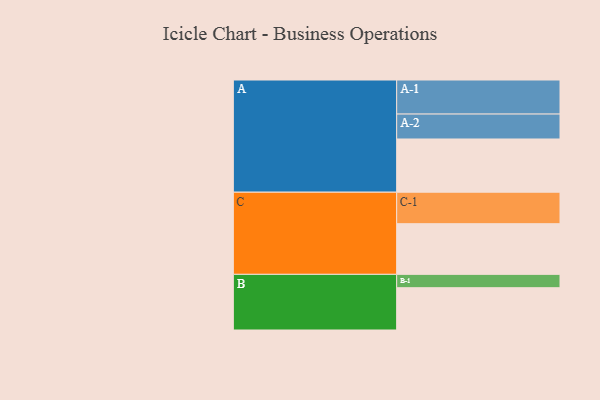
{"axis": {"x": "Segment", "y": "Value"}, "legend": ["", "A", "B", "C"], "data": [{"x": "A", "y": 414, "type": ""}, {"x": "B", "y": 329, "type": ""}, {"x": "C", "y": 394, "type": ""}, {"x": "A-1", "y": 265, "type": "A"}, {"x": "A-2", "y": 194, "type": "A"}, {"x": "B-1", "y": 104, "type": "B"}, {"x": "C-1", "y": 245, "type": "C"}]}